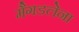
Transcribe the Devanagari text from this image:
मैगडलेना